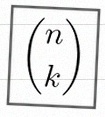
\binom{n}{k}